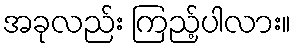
အခုလည်း ကြည့်ပါလား။